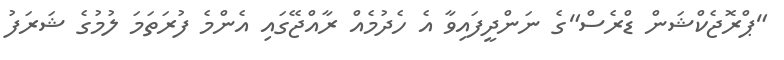
"ޕްރޮޖެކްޝަން ޑްރެސް"ގެ ނަންދީފައިވާ އެ ހެދުމެއް ރާއްޖޭގައި އެންމެ ފުރަތަމަ ލުމުގެ ޝަރަފު